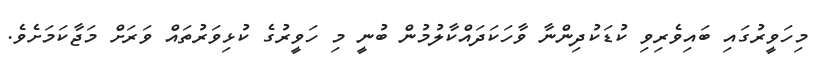
މިހަވީރުގައި ބައިވެރިވި ކުޑަކުދިންނާ ވާހަކަދައްކާލުމުން ބުނީ މި ހަވީރުގެ ކުޅިވަރުތައް ވަރަށް މަޖާކަމަށެވެ.